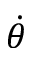
\dot { \theta }